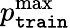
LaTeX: p_{\mathtt{train}}^{\operatorname*{max}}